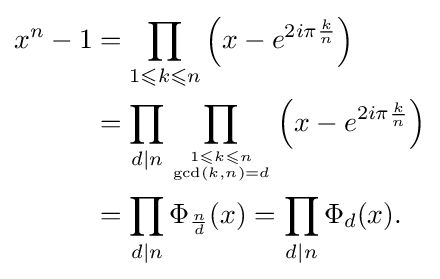
{\begin{aligned}x^{n}-1&=\prod _{1\leqslant k\leqslant n}\left(x-e^{2i\pi {\frac {k}{n}}}\right)\\&=\prod _{d\mid n}\prod _{1\leqslant k\leqslant n \atop \gcd(k,n)=d}\left(x-e^{2i\pi {\frac {k}{n}}}\right)\\&=\prod _{d\mid n}\Phi _{\frac {n}{d}}(x)=\prod _{d\mid n}\Phi _{d}(x).\end{aligned}}